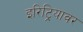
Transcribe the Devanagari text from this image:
इरिट्रियावर